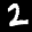
Label: 2